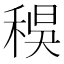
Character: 𥟔